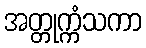
အတ္တုက္ကံသကာ